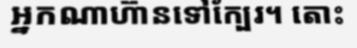
អ្នកណាហ៊ានទៅក្បែរ។ តោះ